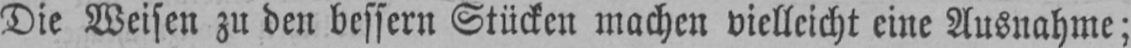
Die Weisen zu den bessern Stücken machen vielleicht eine Ausnahme;